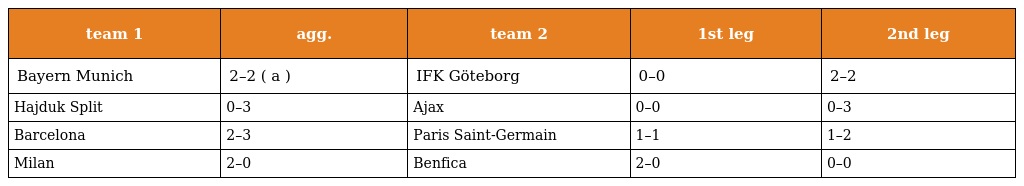
| team 1 | agg. | team 2 | 1st leg | 2nd leg |
 | --- | --- | --- | --- | --- |
 | Bayern Munich | 2–2 ( a ) | IFK Göteborg | 0–0 | 2–2 |
 | Hajduk Split | 0–3 | Ajax | 0–0 | 0–3 |
 | Barcelona | 2–3 | Paris Saint-Germain | 1–1 | 1–2 |
 | Milan | 2–0 | Benfica | 2–0 | 0–0 |